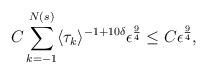
LaTeX: \begin{align*}C \sum_{k = -1}^{N(s)} \langle \tau_k \rangle^{-1 + 10 \delta} \epsilon^{{9 \over 4}} \le C \epsilon^{{9 \over 4}},\end{align*}